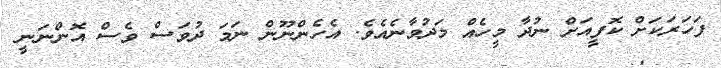
ފަހަރަކަށް ކޮފީއަށް ނުދާ މީހެއް މަދުވާނެއެވެ. އެހެންނޫން ނަމަ ދުވަސް ވެސް އޮންނަނީ